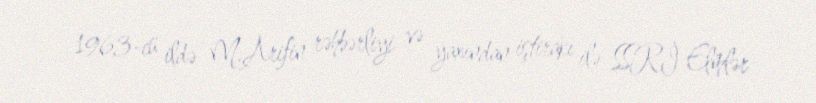
1963-cü ildə M.Arifin rəhbərliyi və yaxından iştirakı ilə SSRİ Elmlər